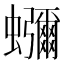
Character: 𮕖